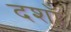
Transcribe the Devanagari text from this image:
दशाँ